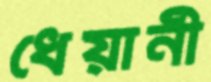
ধেয়ানী